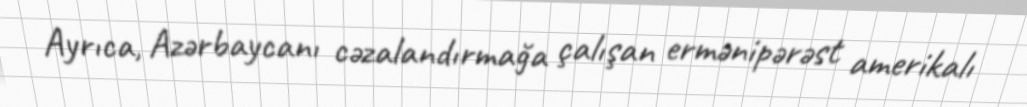
Ayrıca, Azərbaycanı cəzalandırmağa çalışan ermənipərəst amerikalı